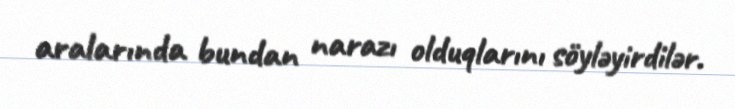
aralarında bundan narazı olduqlarını söyləyirdilər.